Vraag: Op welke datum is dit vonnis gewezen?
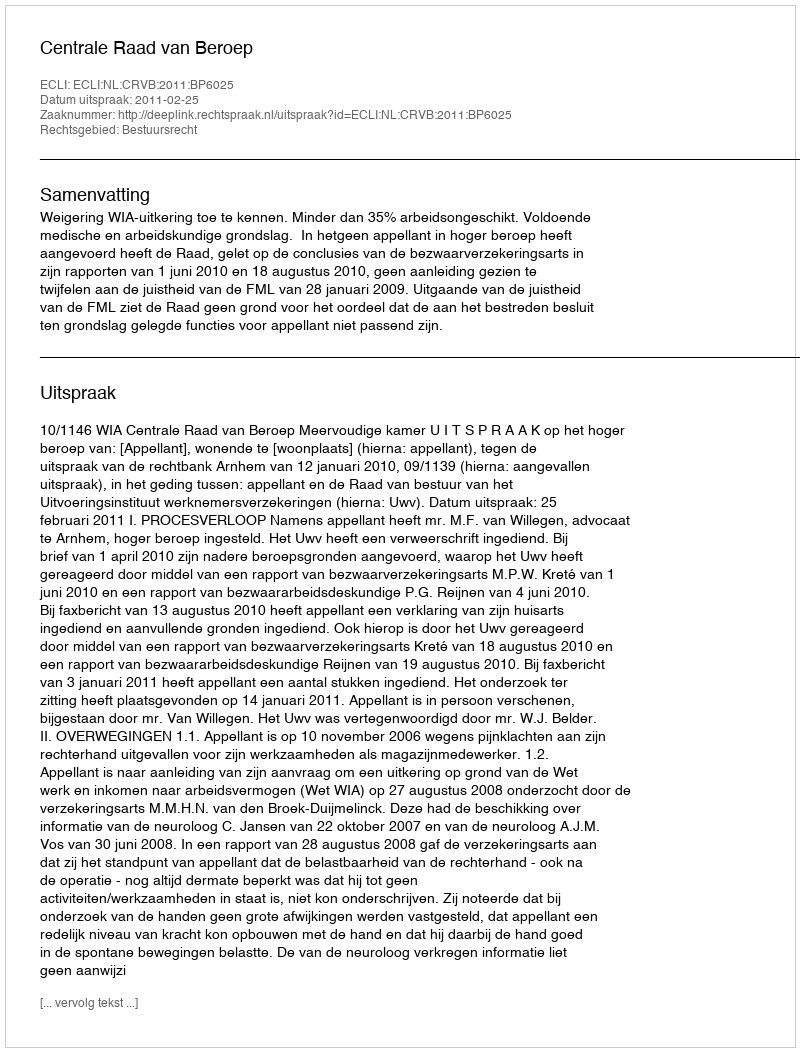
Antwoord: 2011-02-25